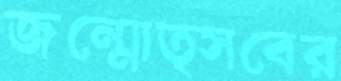
জন্মোত্সবের